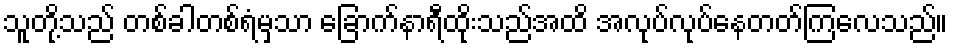
သူတို့သည် တစ်ခါတစ်ရံမှသာ ခြောက်နာရီထိုးသည်အထိ အလုပ်လုပ်နေတတ်ကြလေသည်။